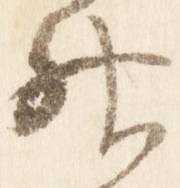
神